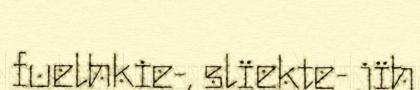
fuelhkie-, slïekte- jïh